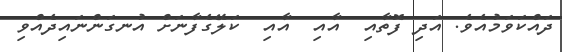
ދައްކަވަމުއެވެ. އަދި ފޮތާއި  އާއި  އާއި  ކަލޭގެފާނަށް އުނގަންނައިދެއްވި